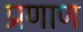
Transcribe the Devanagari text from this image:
प्रणाण